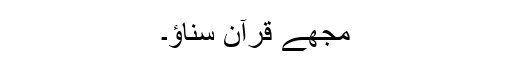
مجھے قرآن سناؤ۔